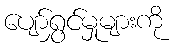
ပျော်ရွှင်မှုများကို